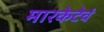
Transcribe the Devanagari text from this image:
मारकेटेवं